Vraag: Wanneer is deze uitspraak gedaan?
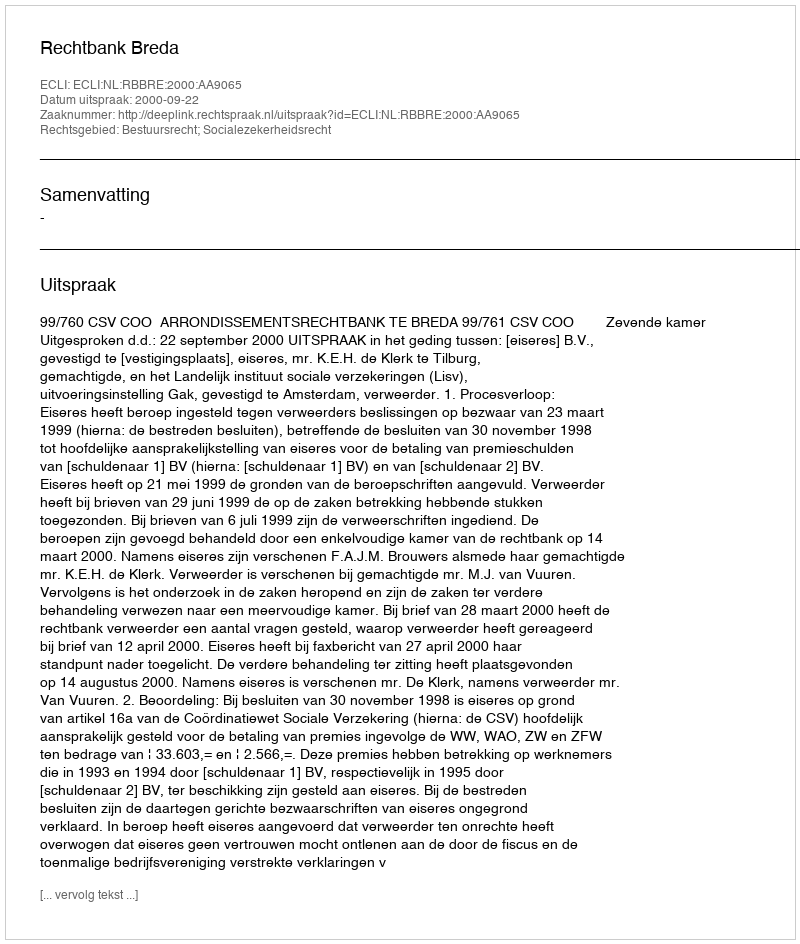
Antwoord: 2000-09-22